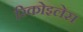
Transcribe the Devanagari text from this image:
रिकोइलेस